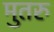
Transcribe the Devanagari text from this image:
मुतरु